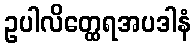
ဥပါလိတ္ထေရအပဒါနံ